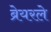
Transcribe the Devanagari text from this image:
ब्रेयरले